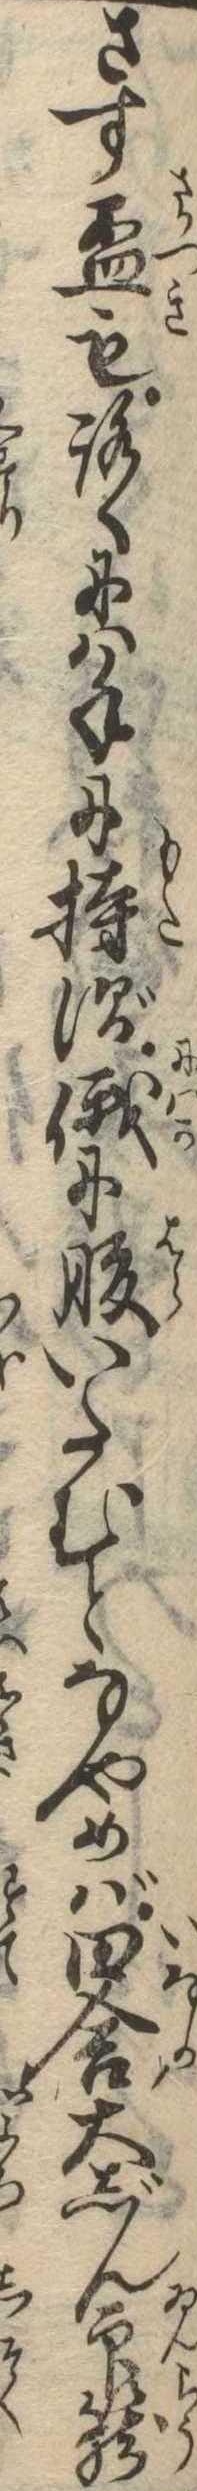
さす杯もろくには手に持ず俄に腹いたむとなやめば田舎大じん印篭